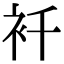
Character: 𧘜